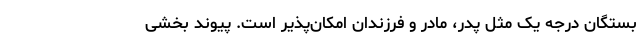
بستگان درجه یک مثل پدر،‌ مادر و فرزندان امکان‌پذیر است. پیوند بخشی